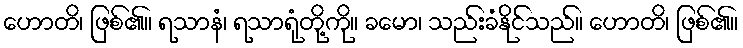
ဟောတိ၊ ဖြစ်၏။ ရသာနံ၊ ရသာရုံတို့ကို။ ခမော၊ သည်းခံနိုင်သည်။ ဟောတိ၊ ဖြစ်၏။